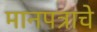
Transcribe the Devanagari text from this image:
मानपत्राचे